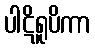
ပါဋိရူပိကာ